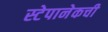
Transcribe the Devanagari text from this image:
स्टेपानेकची